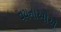
વયનાઓએ